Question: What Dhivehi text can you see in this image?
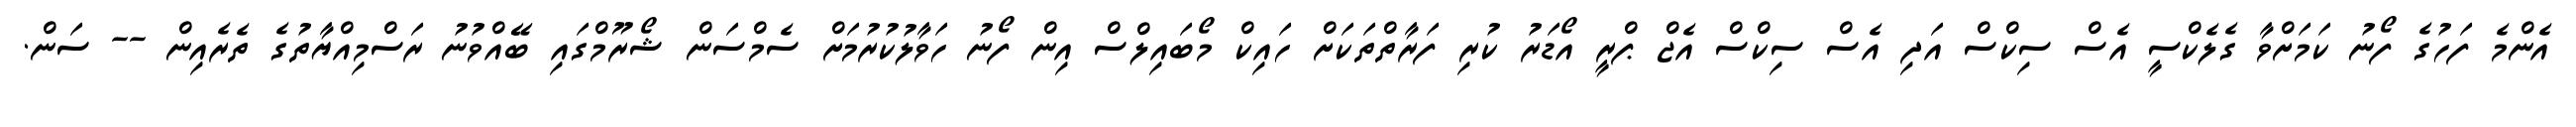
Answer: އެންމެ ފަހުގެ ފޯނު ކަމަށްވާ ގެލެކްސީ އެސް ސިކްސް އަދި އެސް ސިކްސް އެޖް ޕްރީ އޯޑަރު ކުރި ފަރާތްތަކަށް ހައިކް މޯބައިލްސް އިން ފޯނު ހަވާލުކުރުމަށް ސެމްސަން ޝޯރޫމްގައި ބޭއްވުނު ރަސްމިއްޔާތުގެ ތެރެއިން -- ސަން.